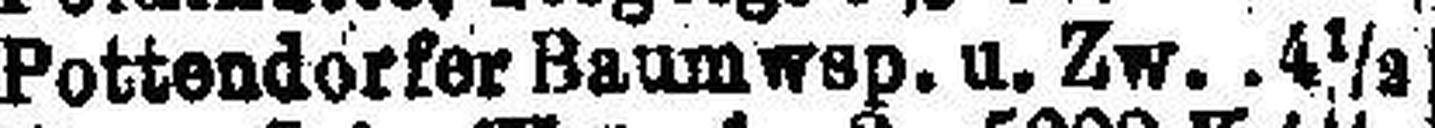
Pottendorfer Baumwsp. u. Zw. 4½